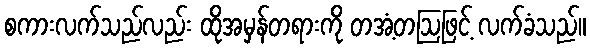
စကားလက်သည်လည်း ထိုအမှန်တရားကို တအံ့တဩဖြင့် လက်ခံသည်။